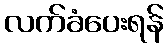
လက်ခံပေးရန်